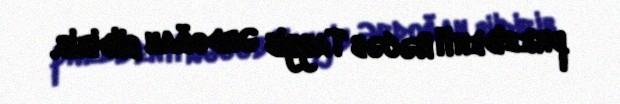
prezidenti Rəcəb Tayyib Ərdoğan bildirib.